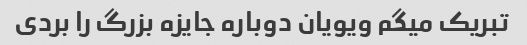
تبریک میگم ویویان دوباره جایزه بزرگ را بردی